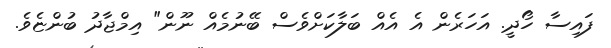
ފައިސާ ހޯދީ. އަހަރެން އެ އެއް ބަލާކަށްވެސް ބޭނުމެއް ނޫން" އިމްޖާދު ބުންޏެވެ.